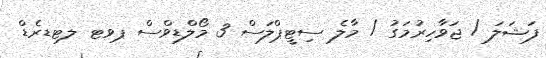
ފަޝަލަ / ޖަވާހިރުމަގު / މާލެ ސިޓީޕްލަސް 3 މޯލްޑިވްސް ޕވޓ ލޓޑރެޑް